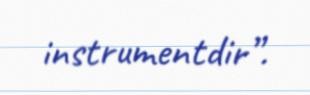
instrumentdir”.